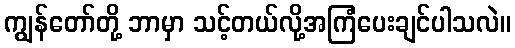
ကျွန်တော်တို့ ဘာမှာ သင့်တယ်လို့အကြံပေးချင်ပါသလဲ။